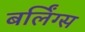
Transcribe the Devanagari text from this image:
बर्लिंग्स